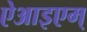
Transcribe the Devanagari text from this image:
ऐआइएम्